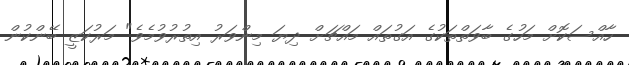
ހާއްސަކޮށް މަހުގެ ބާވަތްތަކުގެ އަގުތައް މައްޗަށް ދިޔަ މިންވަރު އިތުރުވުމެވެ" މަރުކަޒީ ބޭންކުން